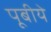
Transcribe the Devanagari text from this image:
पूबीये